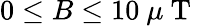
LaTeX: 0\leq B\leq 10~\mu\mathrm{~T~}